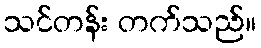
သင်တန်း တက်သည်။